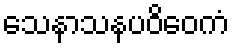
သေနာသနပဝိဝေကံ